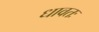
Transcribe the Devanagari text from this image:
धावतः